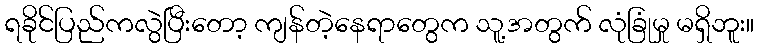
ရခိုင်ပြည်ကလွဲပြီးတော့ ကျန်တဲ့နေရာတွေက သူ့အတွက် လုံခြုံမှု မရှိဘူး။